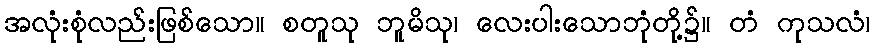
အလုံးစုံလည်းဖြစ်သော။ စတူသု ဘူမိသု၊ လေးပါးသောဘုံတို့၌။ တံ ကုသလံ၊